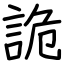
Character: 詭